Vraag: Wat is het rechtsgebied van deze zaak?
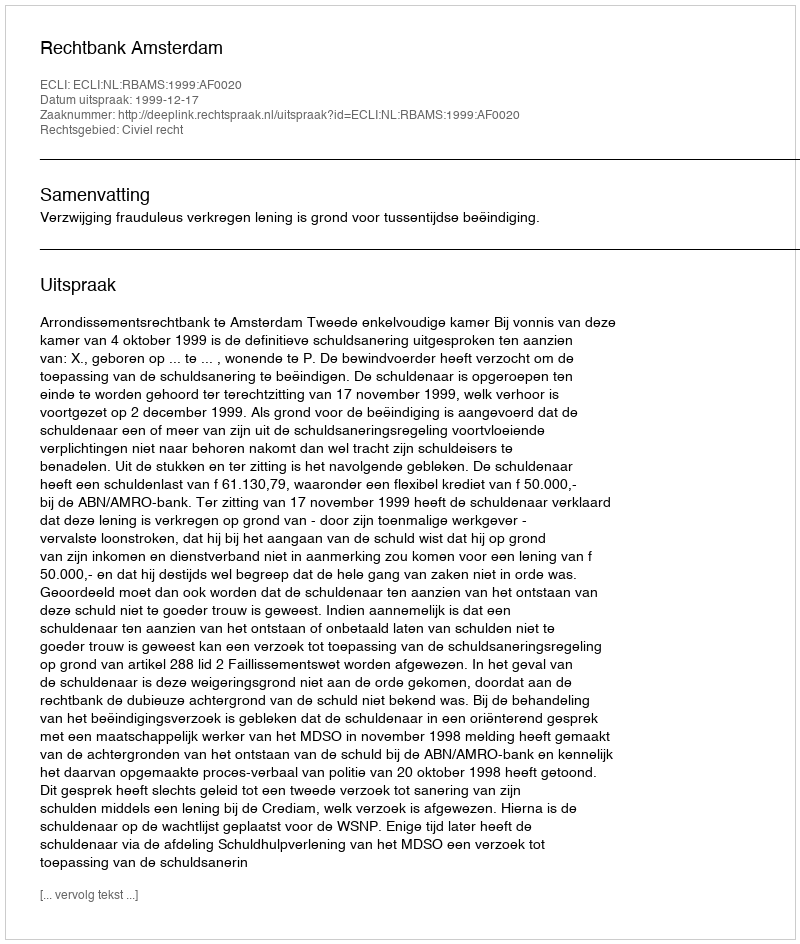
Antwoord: Civiel recht